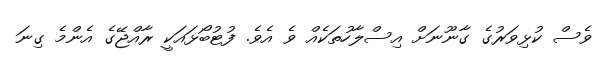
ވެސް ކުޅިވަރުގެ ގާނޫނަށް އިސްލާހުތަކެއް ވެ އެވެ. ފުޓުބޯޅައަކީ ރާއްޖޭގެ އެންމެ ގިނަ